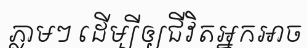
ភ្លាមៗ ដើម្បីឲ្យជីវិតអ្នកអាច